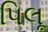
પિલૂ